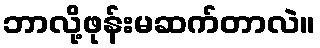
ဘာလို့ဖုန်းမဆက်တာလဲ။